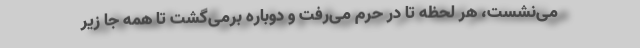
می‌نشست، هر لحظه تا درِ حرم می‌رفت و دوباره برمی‌گشت تا همه جا زیر